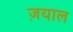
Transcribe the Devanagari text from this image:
ज़याल